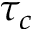
\tau _ { c }